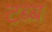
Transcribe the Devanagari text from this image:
टब्ब